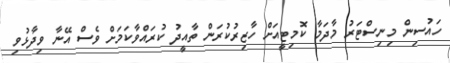
ހައުސިން މިނިސްޓަރު މާދަމާ ކޮމިޓީއަށް ހާޒިރުކުރަން ތާއީދު ކުރައްވާކަމަށް ވެސް އޭނާ ވިދާޅުވި